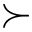
\succ